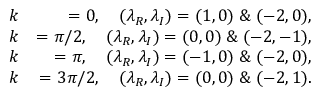
\begin{array} { r l r } & { k } & { = 0 , ~ ~ ~ ( \lambda _ { R } , \lambda _ { I } ) = ( 1 , 0 ) \; \& \; ( - 2 , 0 ) , } \\ & { k } & { = \pi / 2 , ~ ~ ~ ( \lambda _ { R } , \lambda _ { I } ) = ( 0 , 0 ) \; \& \; ( - 2 , - 1 ) , } \\ & { k } & { = \pi , ~ ~ ~ ( \lambda _ { R } , \lambda _ { I } ) = ( - 1 , 0 ) \; \& \; ( - 2 , 0 ) , } \\ & { k } & { = 3 \pi / 2 , ~ ~ ~ ( \lambda _ { R } , \lambda _ { I } ) = ( 0 , 0 ) \; \& \; ( - 2 , 1 ) . } \end{array}